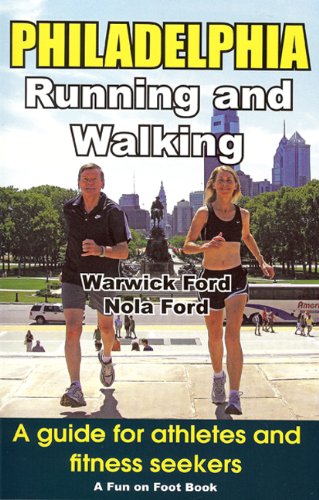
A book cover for Philadelphia Running and Walking: A Guide for Athletes and Fitness Seekers (Fun on Foot Books); Warwick Ford; Travel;